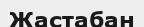
Жастабан